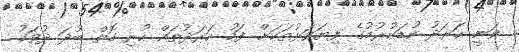
ވަނީ ހަރަދު ކުޑަކުރުމުގެ ފިޔަވަޅުތަކަށް ފަހު ހަރަދުތައް ހުރި ގޮތް ބުދަ ދުވަހު